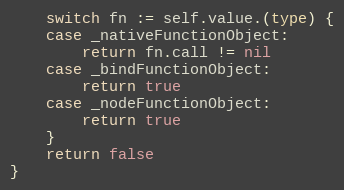
Language: Go
	switch fn := self.value.(type) {
	case _nativeFunctionObject:
		return fn.call != nil
	case _bindFunctionObject:
		return true
	case _nodeFunctionObject:
		return true
	}
	return false
}